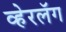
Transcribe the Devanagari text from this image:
व्हेरलॅग